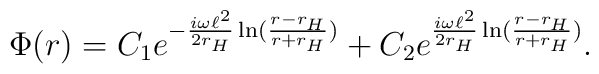
\Phi(r)=C_1e^{-\frac{i\omega\ell^2}{2r_H}\ln(\frac{r-r_H}{r+r_H})}+C_2e^{\frac{i\omega\ell^2}{2r_H}\ln(\frac{r-r_H}{r+r_H})}.